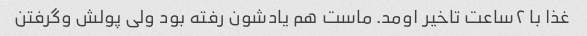
غذا با ۲ساعت تاخیر اومد. ماست هم یادشون رفته بود ولی پولش و‌گرفتن